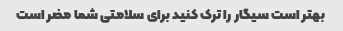
بهتر است سیگار را ترک کنید برای سلامتی شما مضر است